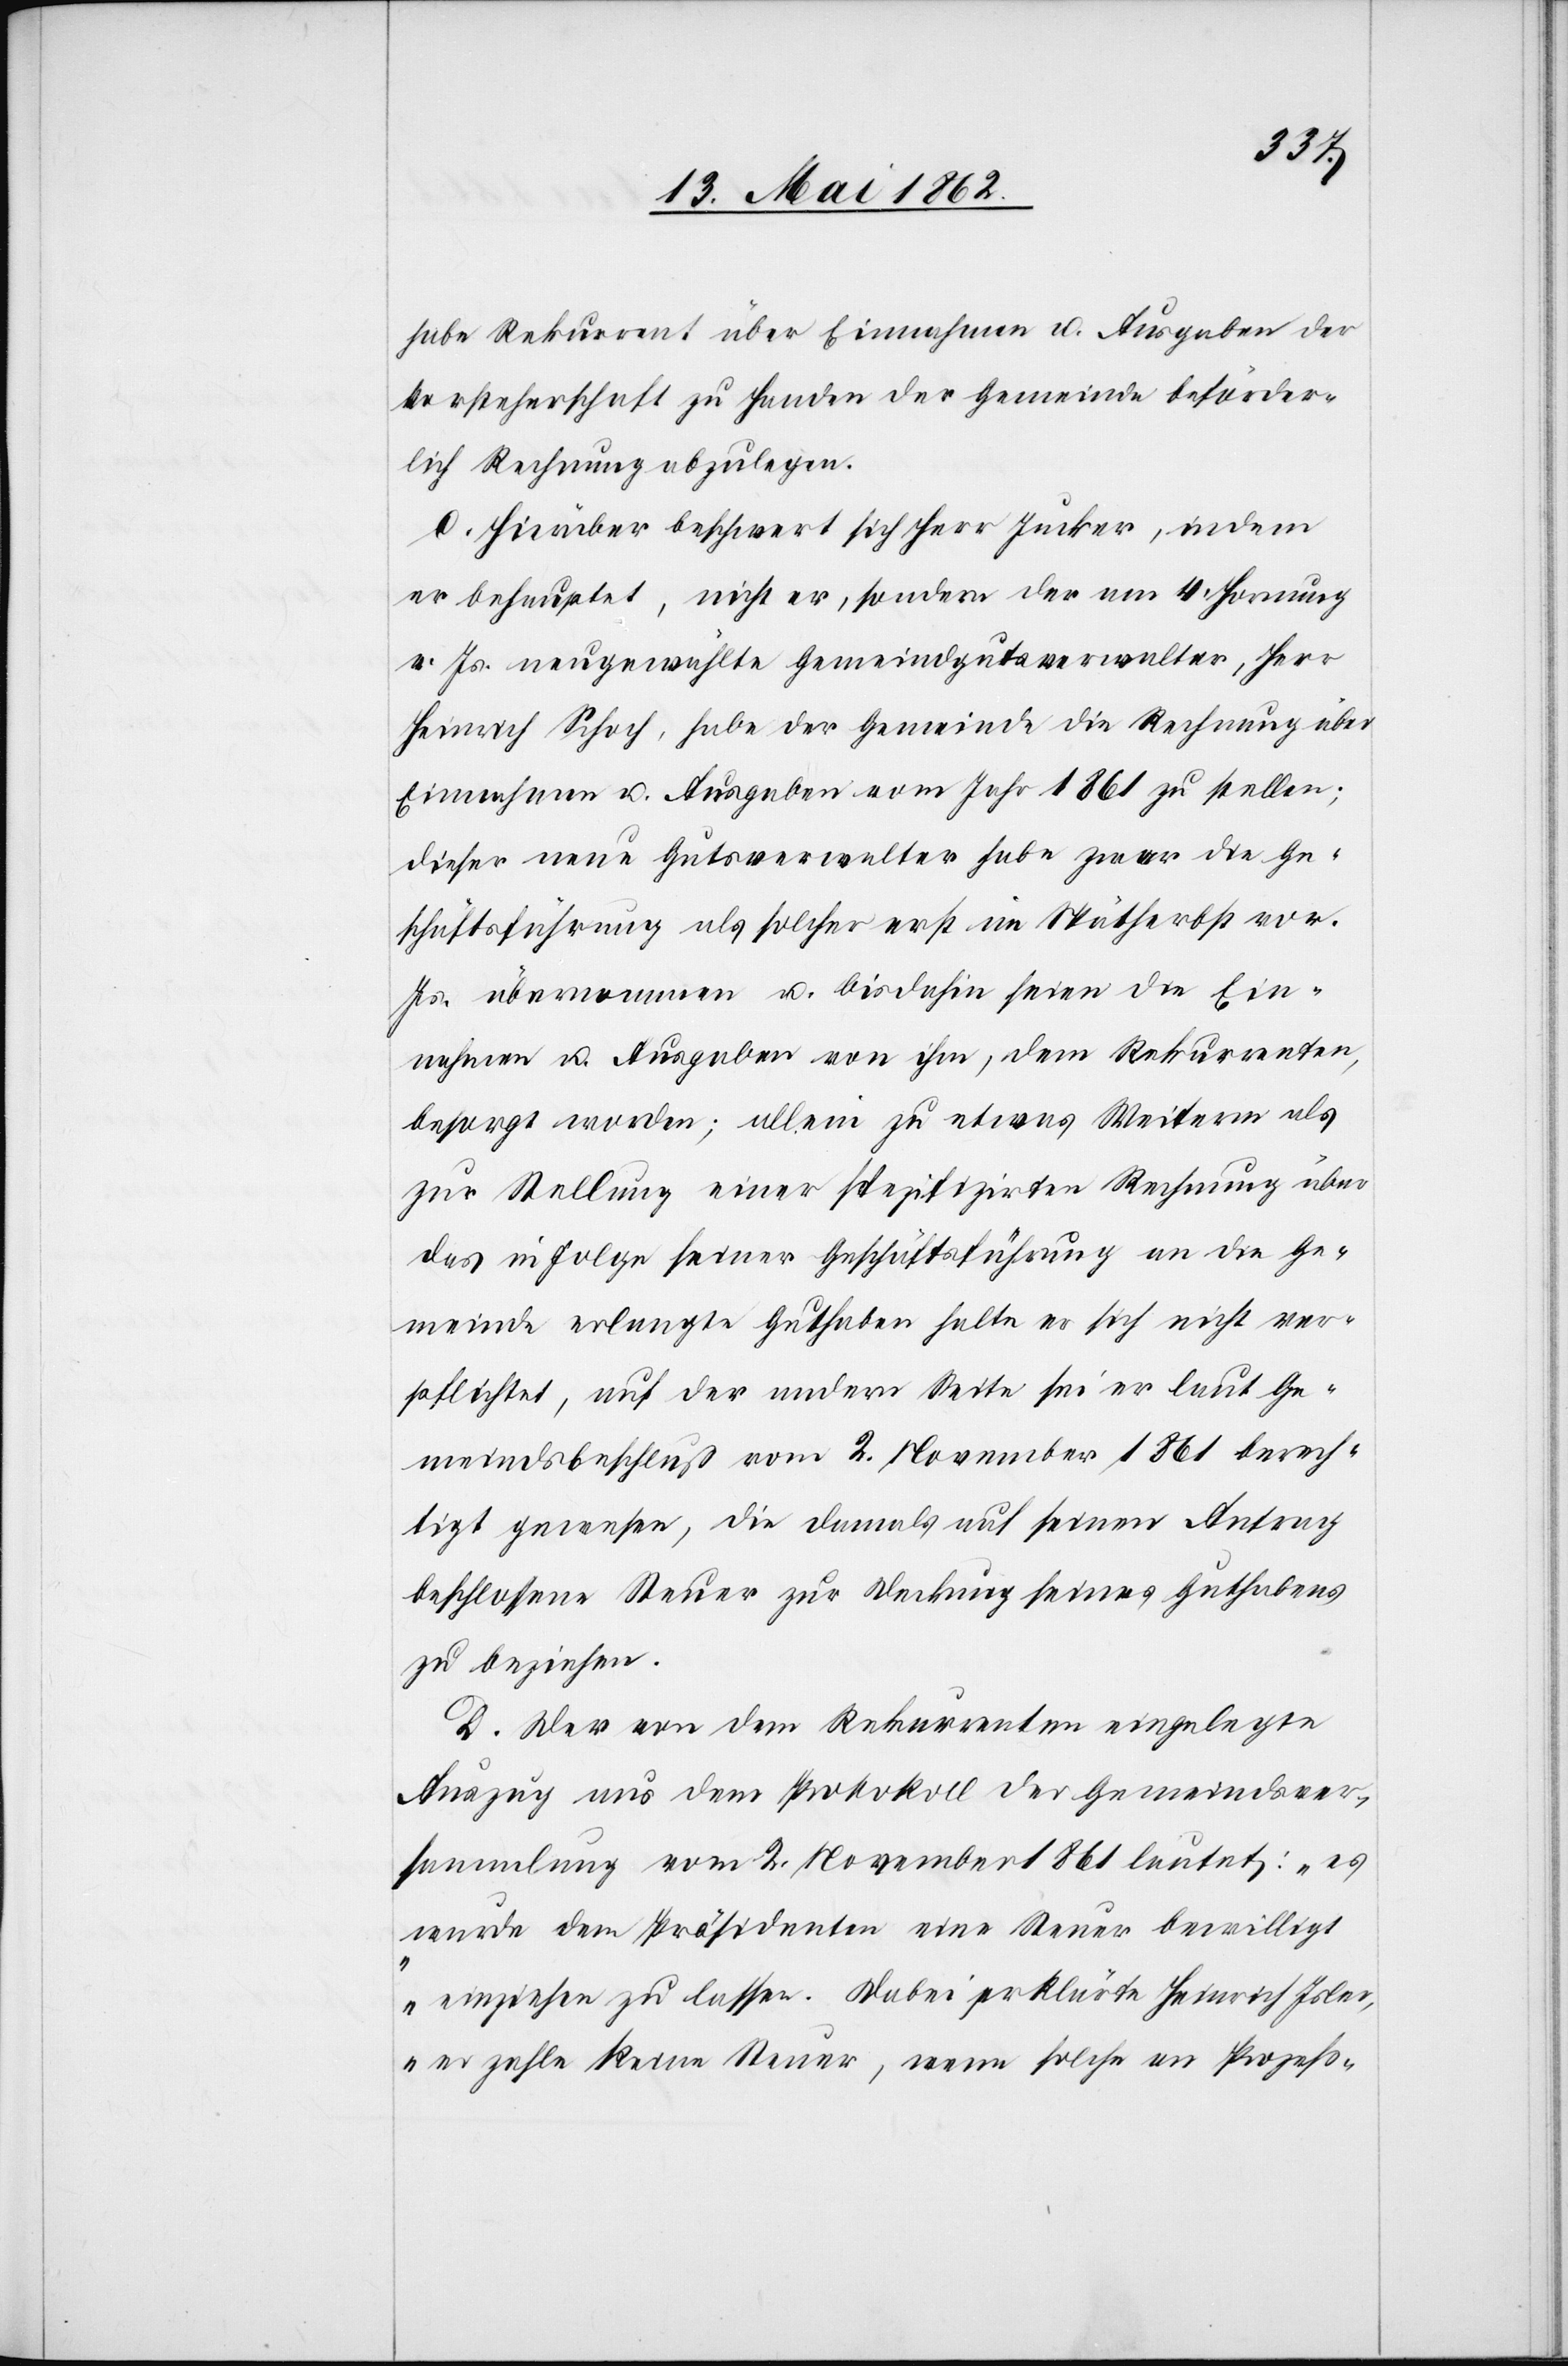
habe Rekurrent über Einnahmen u. Ausgaben der
Vorsteherschaft zu Handen der Gemeinde beförder¬
lich Rechnung abzulegen.
C. Hierüber beschwert sich Herr Jucker, indem
er behauptet, nicht er, sondern der am 4. Hornung
v. Js. neugewählte Gemeindgutsverwalter, Herr
Heinrich Schoch, habe der Gemeinde die Rechnung über
Einnahmen u. Ausgaben vom Jahr 1861 zu stellen;
dieser neue Gutsverwalter habe zwar die Ge¬
schäftsführung als solches erst im Spätherbst vor.
Js. übernommen u. bis dahin seien die Ein¬
nahmen u. Ausgaben von ihm, dem Rekurrenten,
besorgt worden; allein zu etwas Weiterm als
zur Stellung einer spezifizirten Rechnung über
das in Folge seiner Geschäftsführung an die Ge¬
meinde erlangte Guthaben halte es sich nicht ver¬
pflichtet, auf der andern Seite sei er laut Ge¬
meindsbeschluß vom 2. November 1861 berech¬
tigt gewesen, die damals auf einen Antrag
beschlossene Steuer zur Deckung seines Guthabens
zu beziehen.
D. Der von dem Rekurrenten eingelegte
Auszug aus dem Protokoll der Gemeindsver¬
sammlung vom 2. November 1861 lautet: „es
wurde dem Präsidenten eine Steuer bewilligt
einziehen zu lassen. Dabei erklärte Heinrich Isler,
er zahle keine Steuer, wenn solche an Prozeß-